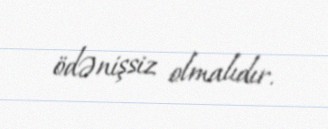
ödənişsiz olmalıdır.